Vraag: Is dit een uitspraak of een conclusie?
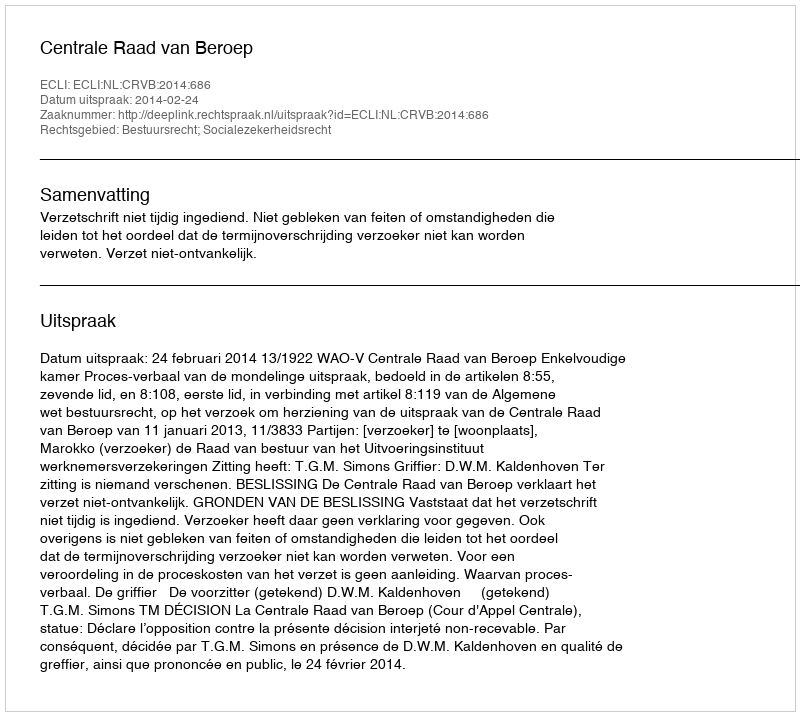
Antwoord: Uitspraak